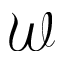
\mathcal { W }